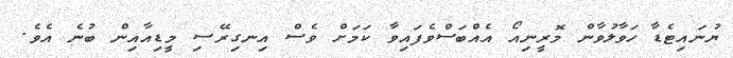
ޔުނައިޓެޑާ ހަވާލުވާން މޮރީނިއޯ އެއްބަސްވެފައިވާ ކަމަށް ވެސް އިނގިރޭސި މީޑިއާއިން ބުނެ އެވެ.